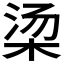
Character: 𬂱